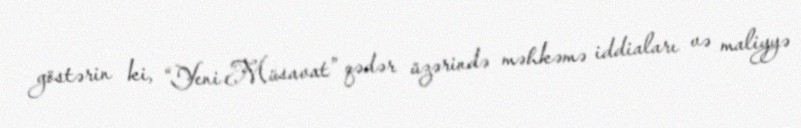
göstərin ki, “Yeni Müsavat” qədər üzərində məhkəmə iddiaları və maliyyə